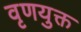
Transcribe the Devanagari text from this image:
वृणयुक्त